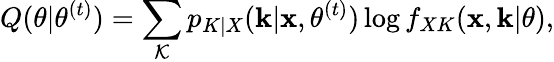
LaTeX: Q(\theta|\theta^{(t)})=\sum_{\mathcal K}p_{K|X}(\mathbf k|\mathbf x,\theta^{(t)})\log f_{XK}(\mathbf x,\mathbf k|\theta),